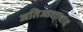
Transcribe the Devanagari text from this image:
अतिआशावाद